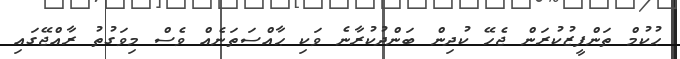
ޙުކުމް ތަންފީޒުކުރަން ޖެހޭ ކުދިން ބަންދުކުރާނެ ވަކި ޙާއްސަތަނެއް ވެސް މިވަގުތު ރާއްޖޭގައި